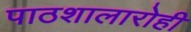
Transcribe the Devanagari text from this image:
पाठशालारोही